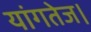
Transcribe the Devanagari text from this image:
यांगतेज।